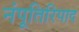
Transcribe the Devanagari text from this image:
नंपूतिरिपाद